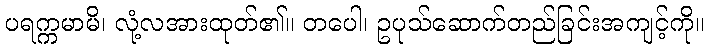
ပရက္ကမာမိ၊ လုံ့လအားထုတ်၏။ တပေါ၊ ဥပုသ်ဆောက်တည်ခြင်းအကျင့်ကို။